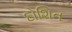
દોશિત